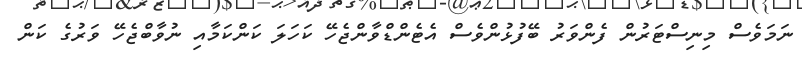
ނަމަވެސް މިނިސްޓަރުން ފެންވަރު ބޭފުޅުންވެސް އެޓެންޑްވާންޖެހޭ ކަހަލަ ކަންކަމާއި ނުވާބްޖެހޭ ވަރުގެ ކަން